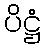
ပိဋ္ဌံ